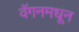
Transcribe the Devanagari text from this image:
वॅगनमधून